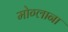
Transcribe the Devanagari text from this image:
मोग्लाना